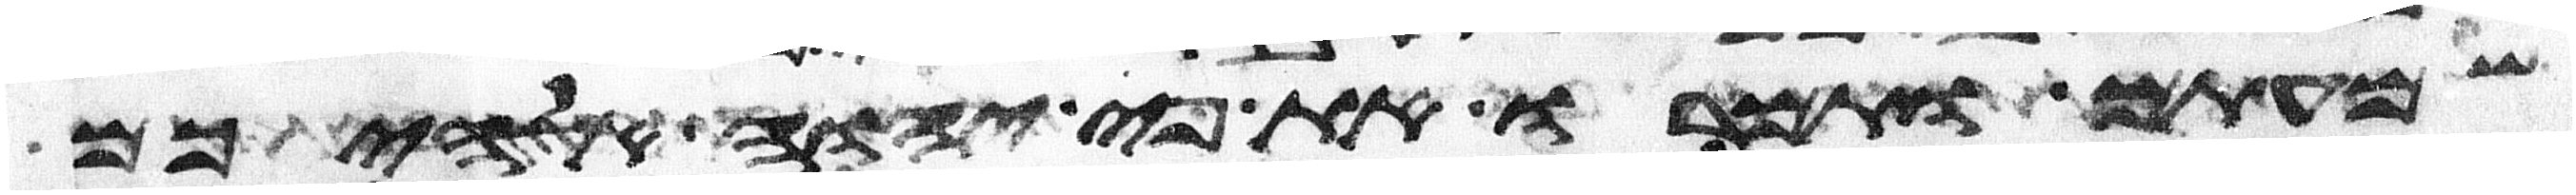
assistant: שמעתם ותמרו את פי יהוה אלהיכם